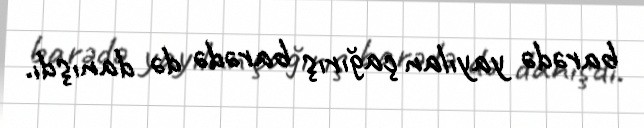
barədə yayılan çağırış barədə də danışdı.